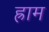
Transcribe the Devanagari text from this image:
ह्राम